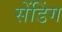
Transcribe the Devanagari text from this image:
सेंडिंग